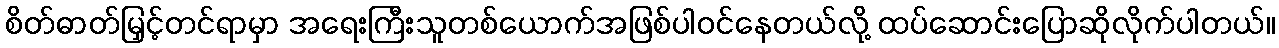
စိတ်ဓာတ်မြှင့်တင်ရာမှာ အရေးကြီးသူတစ်ယောက်အဖြစ်ပါဝင်နေတယ်လို့ ထပ်ဆောင်းပြောဆိုလိုက်ပါတယ်။